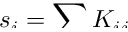
\smash { s _ { i } = \sum _ { j } K _ { i j } }